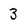
Character: 3